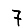
Digit: 7